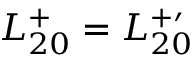
L _ { 2 0 } ^ { + } = L _ { 2 0 } ^ { + \prime }